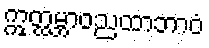
ဣတ္ထမ္ဘာဝညထာဘာဝံ